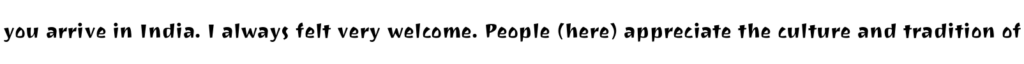
you arrive in India. I always felt very welcome. People (here) appreciate the culture and tradition of